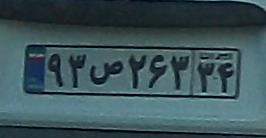
۹۳ص۲۶۳۳۴